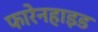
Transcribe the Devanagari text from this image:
फारेनहाइड